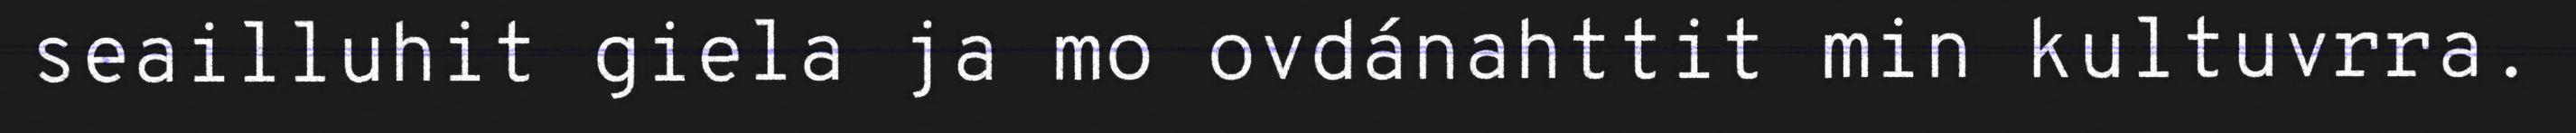
seailluhit giela ja mo ovdánahttit min kultuvrra.